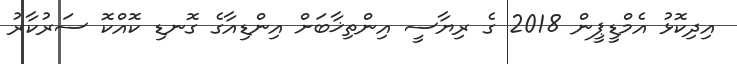
އިދިކޮޅު އެމްޑީޕީން 2018 ގެ ރިޔާސީ އިންތިޚާބަށް އިންޑިއާގެ ގޮނޑި ކޮއްކޮ ސަރުކާރު